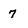
Character: 7